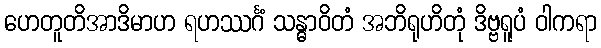
ဟေတူတိအာဒိမာဟ ရဟဿင်္ဂံ သန္ဓာဝိတံ အဘိရုဟိတုံ ဒိဗ္ဗရူပံ ဝါကရာ